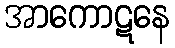
အာကောဋနေ